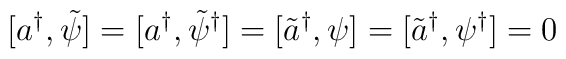
[a^{\dagger},\tilde{\psi}] = [a^{\dagger},\tilde{\psi}^{\dagger}] = [\tilde{a}^{\dagger}, \psi] = [\tilde{a}^{\dagger},\psi^{\dagger}] = 0